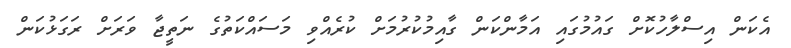
އެކަން އިސްލާހުކޮށް ގައުމުގައި އަމާންކަން ގާއިމުކުރުމަށް ކުރެއްވި މަސައްކަތުގެ ނަތީޖާ ވަރަށް ރަގަޅުކަން